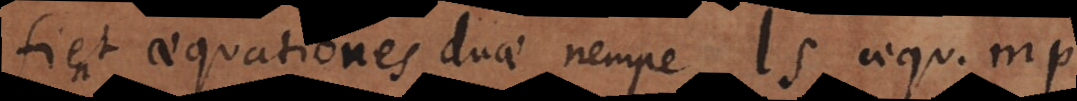
Fient aequationes duae nempe ls aequ. mp